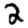
Digit: 2